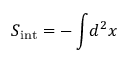
S _ { \mathrm { i n t } } = - \int \! d ^ { 2 } x \,